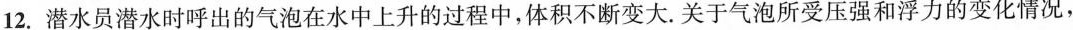
12.潜水员潜水时呼出的气泡在水中上升的过程中，体积不断变大。关于气泡所受压强和浮力的变化情况，